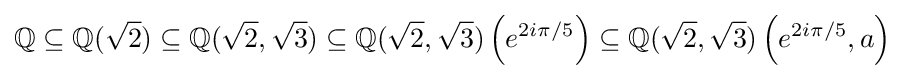
\mathbb {Q} \subseteq \mathbb {Q} ({\sqrt {2}})\subseteq \mathbb {Q} ({\sqrt {2}},{\sqrt {3}})\subseteq \mathbb {Q} ({\sqrt {2}},{\sqrt {3}})\left(e^{2i\pi /5}\right)\subseteq \mathbb {Q} ({\sqrt {2}},{\sqrt {3}})\left(e^{2i\pi /5},a\right)